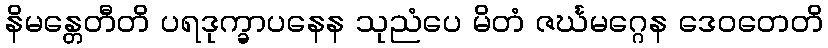
နိမန္တေတီတိ ပရဒုက္ခာပနေန သုညံပေ မိတံ ဇင်္ဃမဂ္ဂေန ဒေဝတေတိ